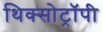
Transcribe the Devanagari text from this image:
थिक्सोट्रॉपी